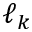
\ell _ { k }